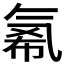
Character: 𱥪